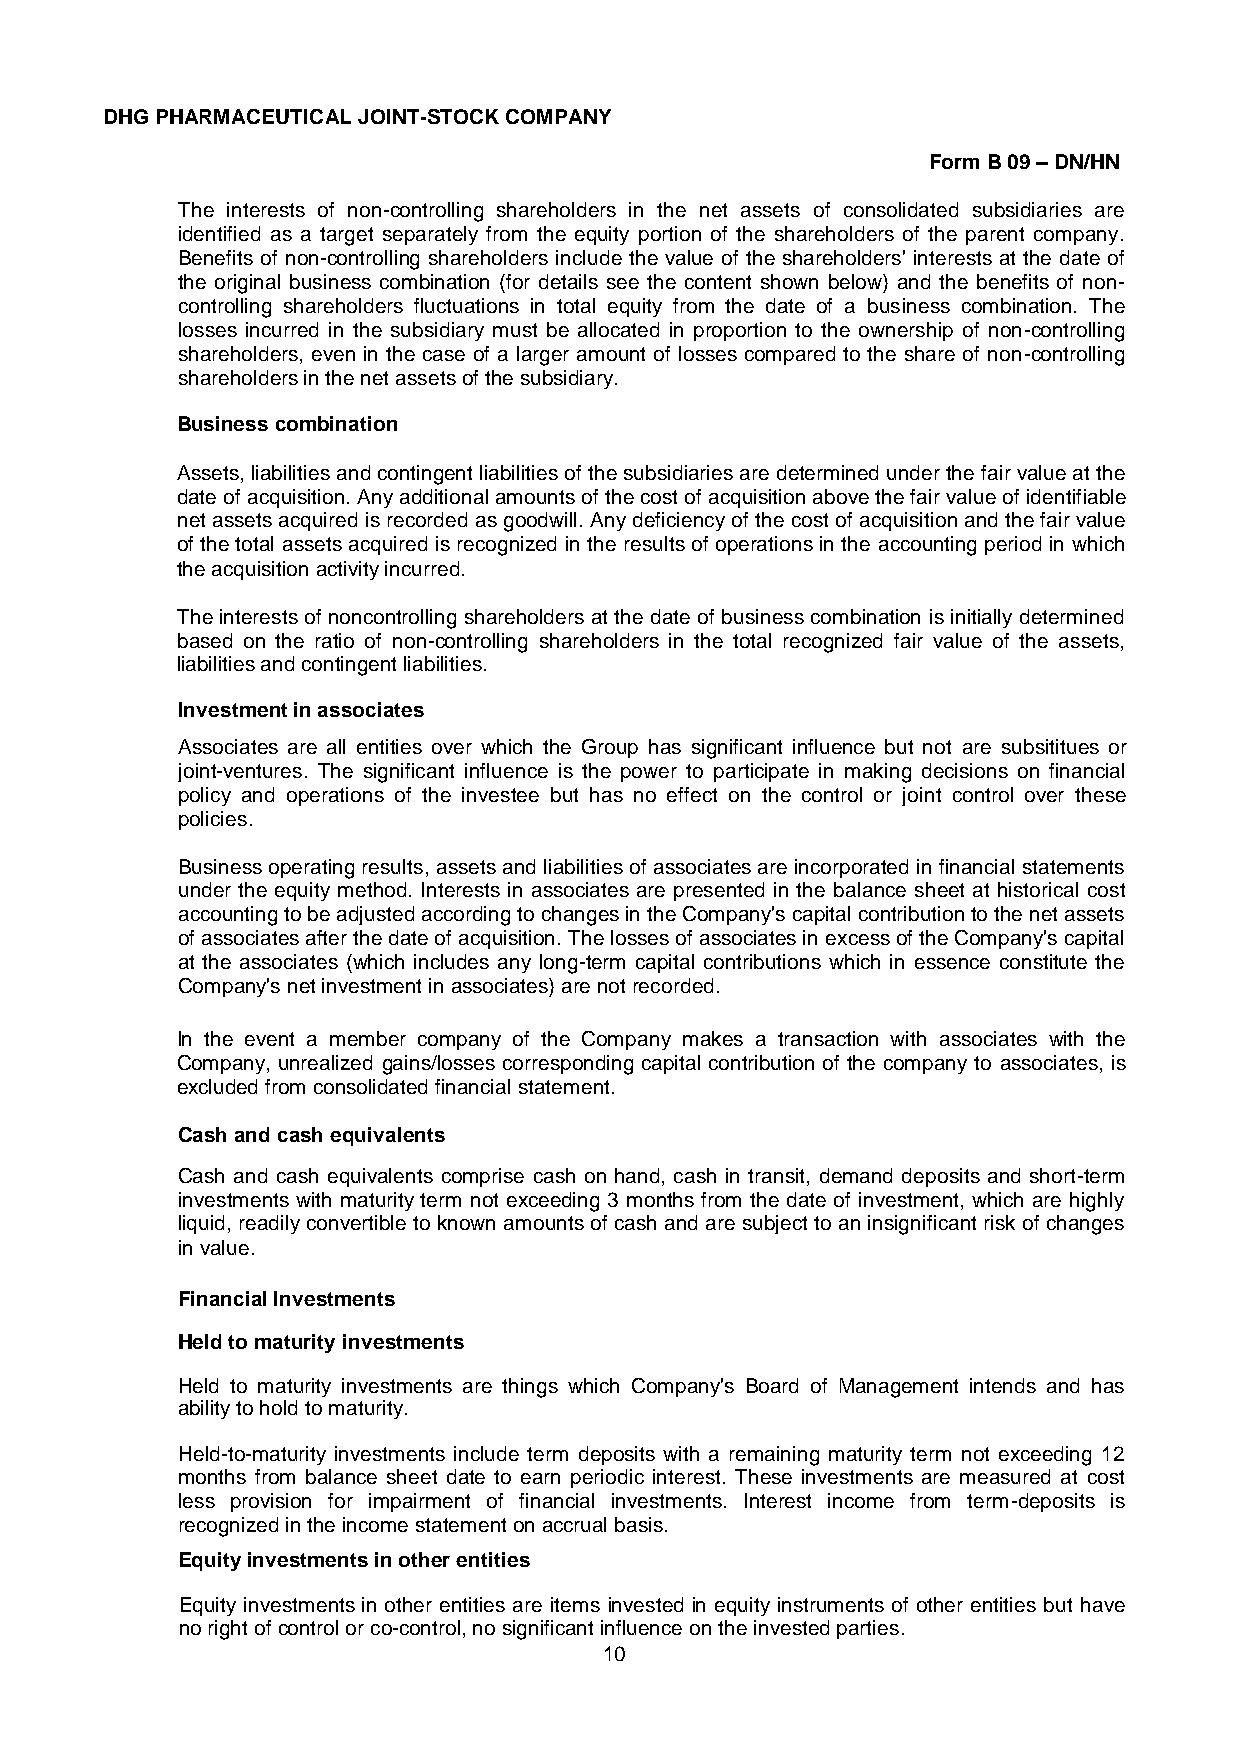
DHG PHARMACEUTICAL JOINT-STOCK COMPANY
 Form B 09 – DN/HN
 The interests of non-controlling shareholders in the net assets of consolidated subsidiaries are
 identified as a target separately from the equity portion of the shareholders of the parent company.
 Benefits of non-controlling shareholders include the value of the shareholders' interests at the date of
 the original business combination (for details see the content shown below) and the benefits of non-
 controlling shareholders fluctuations in total equity from the date of a business combination. The
 losses incurred in the subsidiary must be allocated in proportion to the ownership of non-controlling
 shareholders, even in the case of a larger amount of losses compared to the share of non-controlling
 shareholders in the net assets of the subsidiary.
 Business combination
 Assets, liabilities and contingent liabilities of the subsidiaries are determined under the fair value at the
 date of acquisition. Any additional amounts of the cost of acquisition above the fair value of identifiable
 net assets acquired is recorded as goodwill. Any deficiency of the cost of acquisition and the fair value
 of the total assets acquired is recognized in the results of operations in the accounting period in which
 the acquisition activity incurred.
 The interests of noncontrolling shareholders at the date of business combination is initially determined
 based on the ratio of non-controlling shareholders in the total recognized fair value of the assets,
 liabilities and contingent liabilities.
 Investment in associates
 Associates are all entities over which the Group has significant influence but not are subsititues or
 joint-ventures. The significant influence is the power to participate in making decisions on financial
 policy and operations of the investee but has no effect on the control or joint control over these
 policies.
 Business operating results, assets and liabilities of associates are incorporated in financial statements
 under the equity method. Interests in associates are presented in the balance sheet at historical cost
 accounting to be adjusted according to changes in the Company's capital contribution to the net assets
 of associates after the date of acquisition. The losses of associates in excess of the Company's capital
 at the associates (which includes any long-term capital contributions which in essence constitute the
 Company's net investment in associates) are not recorded.
 In the event a member company of the Company makes a transaction with associates with the
 Company, unrealized gains/losses corresponding capital contribution of the company to associates, is
 excluded from consolidated financial statement.
 Cash and cash equivalents
 Cash and cash equivalents comprise cash on hand, cash in transit, demand deposits and short-term
 investments with maturity term not exceeding 3 months from the date of investment, which are highly
 liquid, readily convertible to known amounts of cash and are subject to an insignificant risk of changes
 in value.
 Financial Investments
 Held to maturity investments
 Held to maturity investments are things which Company's Board of Management intends and has
 ability to hold to maturity.
 Held-to-maturity investments include term deposits with a remaining maturity term not exceeding 12
 months from balance sheet date to earn periodic interest. These investments are measured at cost
 less provision for impairment of financial investments. Interest income from term-deposits is
 recognized in the income statement on accrual basis.
 Equity investments in other entities
 Equity investments in other entities are items invested in equity instruments of other entities but have
 no right of control or co-control, no significant influence on the invested parties.
 10